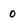
Character: 0